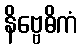
နိဗ္ဗေဓိကံ